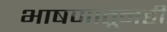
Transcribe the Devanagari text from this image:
भाषणातूनही